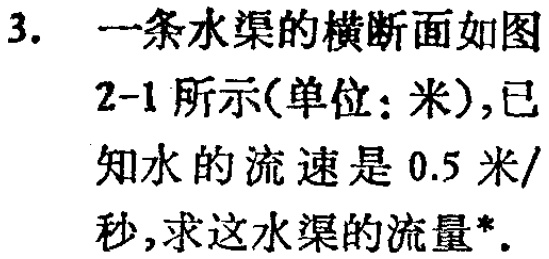
3. 一条水渠的横断面如图2-1所示(单位：米),已知水的流速是0.5米/秒,求这水渠的流量*.